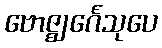
ဗောဇ္ဈင်္ဂေသုပေ